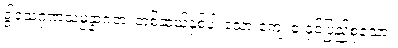
ဒွါဒသဂုဏသမ္ပန္နာဂတံ၊ တစ်ဆယ့်နှစ်ပါးသော ကျေးဇူးနှင့်ပြည့်စုံသော။